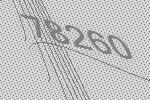
78260